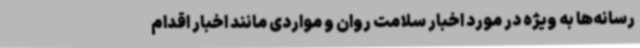
رسانه‌ها به ویژه در مورد اخبار سلامت روان و مواردی مانند اخبار اقدام